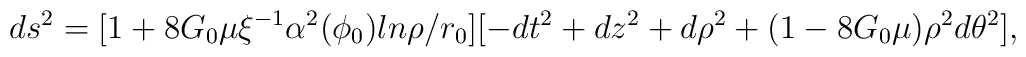
ds^2 = [1+ 8G_0 \mu \xi ^{-1}\alpha^2(\phi_0) ln\rho/ r_0 ] [ -dt^2 + dz^2 + d\rho^2 + (1- 8G_0\mu)\rho^2 d\theta^2],